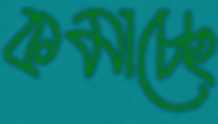
কমাচ্ছে